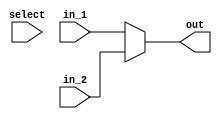
module Two_To_One(
    select,
    out,
    in_1,
    in_2
);

input select;
input [31:0] in_1, in_2;
output reg [31:0] out;

always @(select, in_2, in_1)
	if (sel == 0)
		out <= in_1;
	else
		out <= in_2;




endmodule